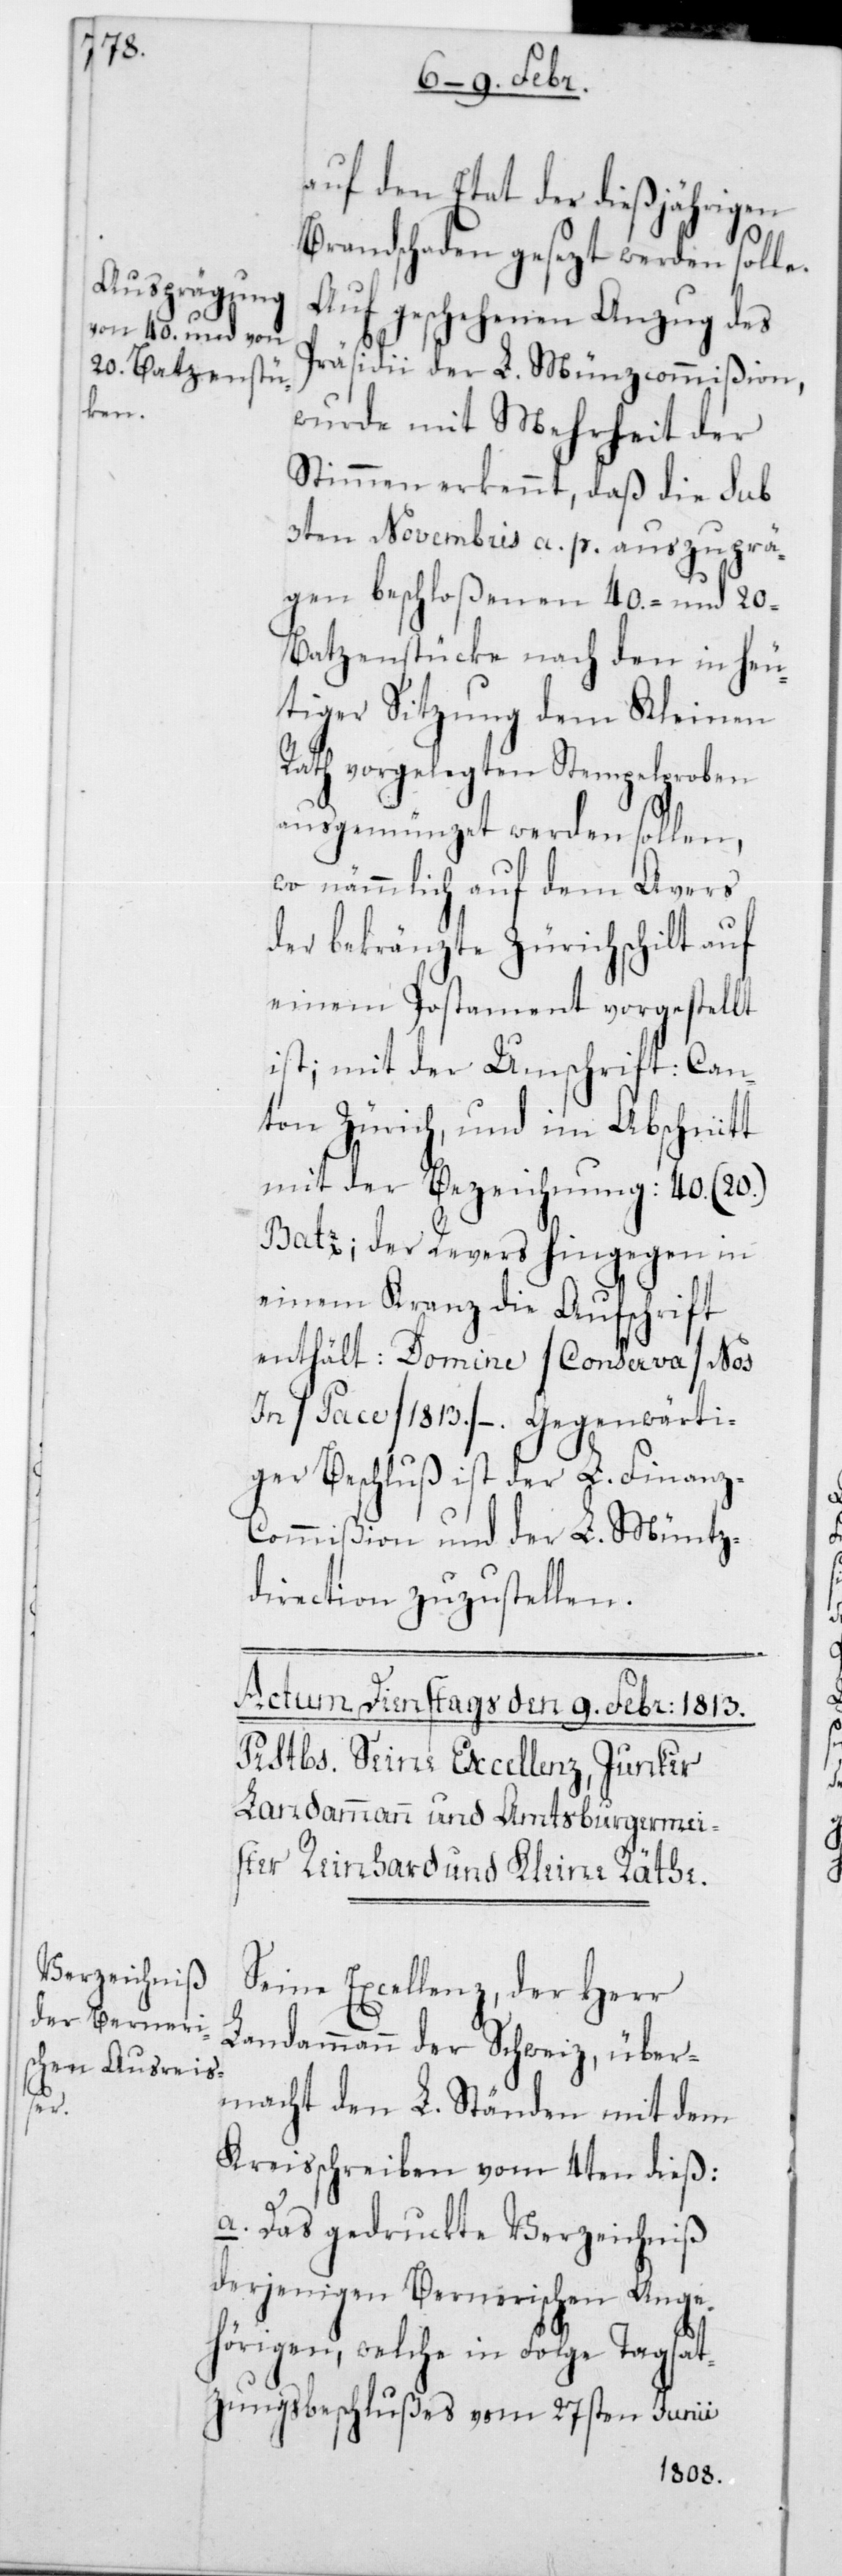
auf den Etat der dießjährigen
Brandschaden gesezt werden solle.
Auf geschehenen Anzug des
Präsidii der L. Münzcommißion,
wurde mit Mehrheit der
Stimmen erkennt, daß die sub
3ten Novembris a. p. auszuprä¬
gen beschloßenen 40- und 20-B¬
atzenstücke nach den in heu¬
tiger Sitzung dem Kleinen
Rath vorgelegten Stempelproben
ausgemünzet werden sollen,
wo nämmlich auf dem Avers
der bekränzte Zürichschilt auf
einem Postament vorgestellt
ist; mit der Umschrift: Can¬
ton Zürich, und im Abschnitt
mit der Bezeichnung: 40 (20)
Batz; der Revers hingegen in
einem Kranz die Aufschrift
enthält: Domine / Conserva / Nos
iger Beschluß ist der L. Finanz-C¬
ommißion und der L. Müntz¬
direction zuzustellen.
Seine Excellenz, der Herr
Landammann der Schweiz, über¬
wärt¬
macht den L. Ständen mit dem
Kreisschreiben vom 4ten dieß:
a. Das gedruckte Verzeichniß
derjenigen Bernerischen Ange¬
hörigen, welche in Folge Tagsat¬
zungsbeschlußes vom 27sten Junii